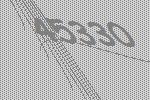
45330